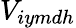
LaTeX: V_{iymdh}